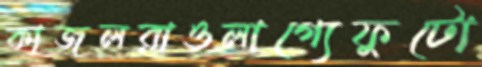
কাজলরাওলাগ্যেফুটো